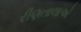
રીણતાલાએ